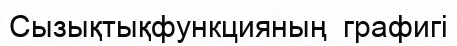
Сызықтықфункцияның  графигі